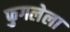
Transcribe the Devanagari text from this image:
फुगलेला